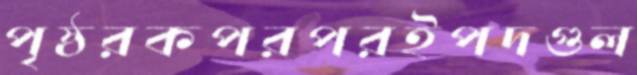
পৃষ্ঠরকপরপরইপদগুল